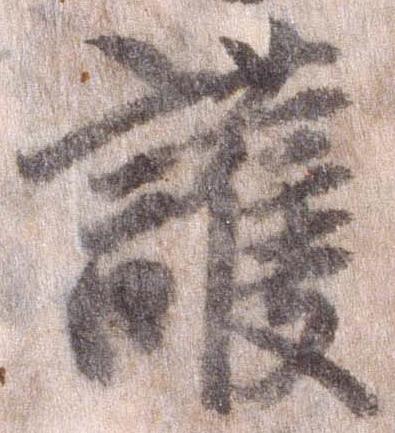
護